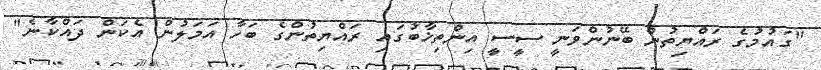
"ގައުމުގެ ރައްޔިތުން ބޭނުންވަނީ ސީސީ އިންތިޚާބުގައި ރައްޔިތުންގެ ބަހާ އަމަލުން އެކަން ދައްކާނެ"